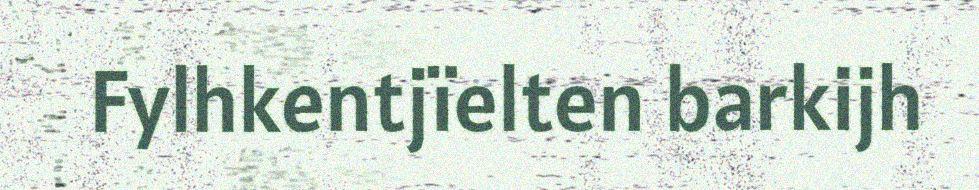
Fylhkentjïelten barkijh